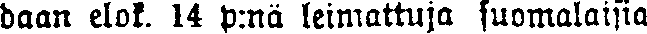
haan elok. 14 p:nä leimattuja suomalaisia